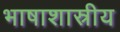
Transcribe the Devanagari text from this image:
भाषाशास्रीय